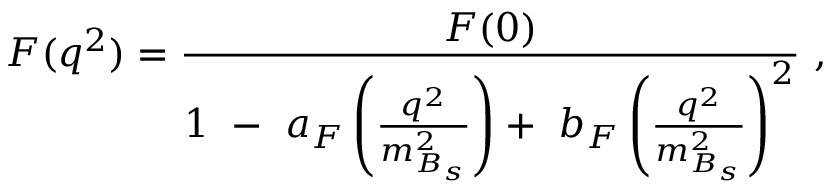
F ( q ^ { 2 } ) = \frac { F ( 0 ) } { 1 ~ - ~ a _ { F } \left( \frac { q ^ { 2 } } { m _ { B _ { s } } ^ { 2 } } \right) + ~ b _ { F } \left( \frac { q ^ { 2 } } { m _ { B _ { s } } ^ { 2 } } \right) ^ { 2 } } ~ ,